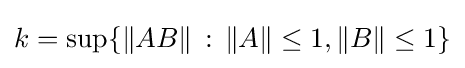
k=\sup\{\Vert AB\Vert \,:\,\Vert A\Vert \leq 1,\Vert B\Vert \leq 1\}